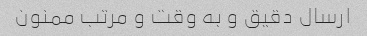
ارسال دقیق و به وقت و مرتب ممنون